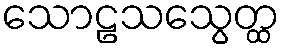
သောဠသသွေတ္ထ